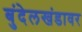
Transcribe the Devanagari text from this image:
बुंदेलखंडावर